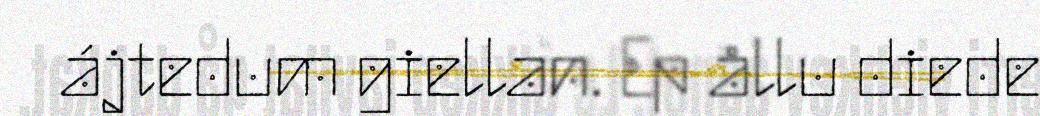
ájtedum giellan. Ep ållu diede